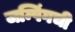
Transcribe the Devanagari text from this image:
जम्पिंगची